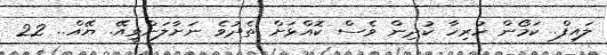
ލައިފް. ކަމޯން ހުރިހާ ކުދިން ވެސް ކޮއްޅަށް ތެދުވެ ނަށާލަންވީއޭ. ޔޭއް.. 22